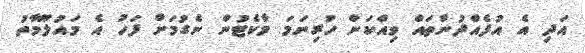
އަދި އެ އުފެއްދުންތައް ވިއްކަން ހުރިނަމަ މާކެޓުން ނެގުމަށް ފަހު އެ މައުލޫމާތު